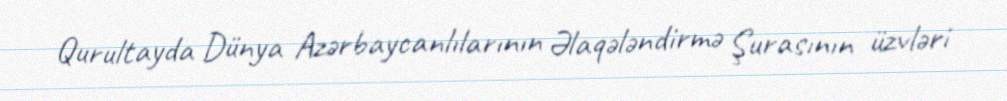
Qurultayda Dünya Azərbaycanlılarının Əlaqələndirmə Şurasının üzvləri